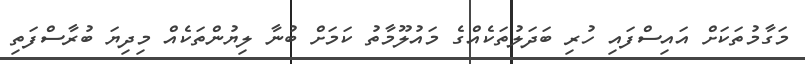
މަގާމުތަކަށް އައިސްފައި ހުރި ބަދަލުތަކެއްގެ މައުލޫމާތު ކަމަށް ބުނާ ލިޔުންތަކެއް މިދިޔަ ބުރާސްފަތި